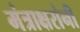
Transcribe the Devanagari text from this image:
मंत्राक्षरांनी